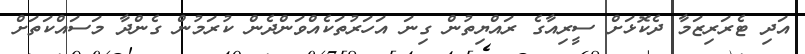
އަދި ޓެރަރިޒަމާ ދެކޮޅަށް ސީރިއާގެ ރައްޔިތުން ގިނަ އަހަރުތަކެއްވަންދެން ކުރަމުން ގެންދާ މަސައްކަތަށް